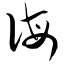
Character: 诲